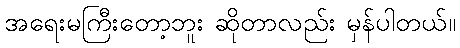
အရေးမကြီးတော့ဘူး ဆိုတာလည်း မှန်ပါတယ်။